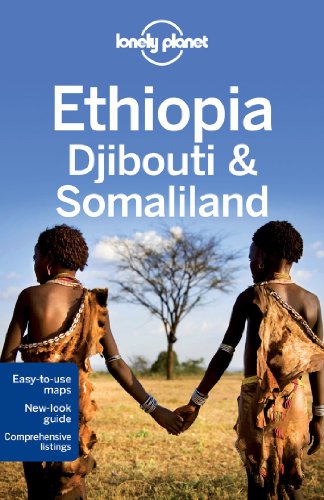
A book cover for Lonely Planet Ethiopia, Djibouti & Somaliland (Travel Guide); Lonely Planet; Travel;